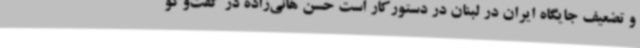
و تضعیف جایگاه ایران در لبنان در دستورکار است حسن هانی‌زاده در گفت‌وگو